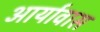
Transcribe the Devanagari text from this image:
आर्यावास